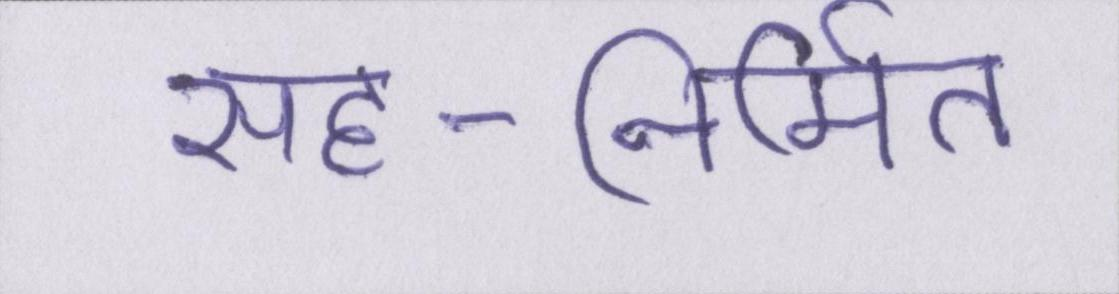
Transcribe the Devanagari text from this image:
सह-निर्मित